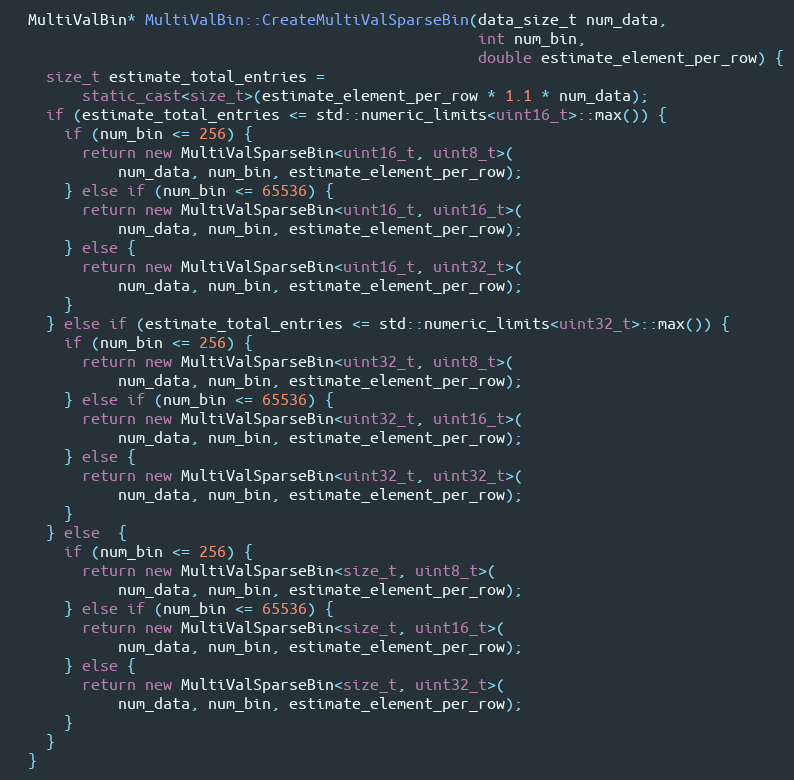
Language: C++
  MultiValBin* MultiValBin::CreateMultiValSparseBin(data_size_t num_data,
                                                    int num_bin,
                                                    double estimate_element_per_row) {
    size_t estimate_total_entries =
        static_cast<size_t>(estimate_element_per_row * 1.1 * num_data);
    if (estimate_total_entries <= std::numeric_limits<uint16_t>::max()) {
      if (num_bin <= 256) {
        return new MultiValSparseBin<uint16_t, uint8_t>(
            num_data, num_bin, estimate_element_per_row);
      } else if (num_bin <= 65536) {
        return new MultiValSparseBin<uint16_t, uint16_t>(
            num_data, num_bin, estimate_element_per_row);
      } else {
        return new MultiValSparseBin<uint16_t, uint32_t>(
            num_data, num_bin, estimate_element_per_row);
      }
    } else if (estimate_total_entries <= std::numeric_limits<uint32_t>::max()) {
      if (num_bin <= 256) {
        return new MultiValSparseBin<uint32_t, uint8_t>(
            num_data, num_bin, estimate_element_per_row);
      } else if (num_bin <= 65536) {
        return new MultiValSparseBin<uint32_t, uint16_t>(
            num_data, num_bin, estimate_element_per_row);
      } else {
        return new MultiValSparseBin<uint32_t, uint32_t>(
            num_data, num_bin, estimate_element_per_row);
      }
    } else  {
      if (num_bin <= 256) {
        return new MultiValSparseBin<size_t, uint8_t>(
            num_data, num_bin, estimate_element_per_row);
      } else if (num_bin <= 65536) {
        return new MultiValSparseBin<size_t, uint16_t>(
            num_data, num_bin, estimate_element_per_row);
      } else {
        return new MultiValSparseBin<size_t, uint32_t>(
            num_data, num_bin, estimate_element_per_row);
      }
    }
  }